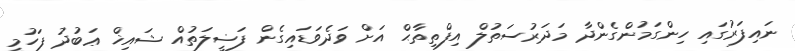
ނައިފަރުގައި ހިންގަމުންގެންދާ މަދަރުސަތުލް އިފްތިތާޙް އަށް ވަދެވަޑައިގެން ފަޟީލަތުއް ޝައިޚް ޢަބުދު ފަހުމީ